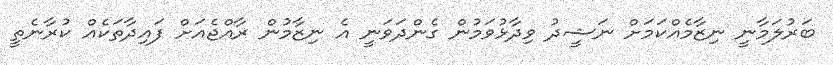
ބަރުލަމާނީ ނިޒާމެއްކަމަށް ނަޝީދު ވިދާޅުވަމުން ގެންދަވަނީ އެ ނިޒާމުން ރާއްޖެއަށް ފައިދާތަކެއް ކުރާނެތީ